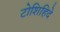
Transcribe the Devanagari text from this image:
टोशिहिदे